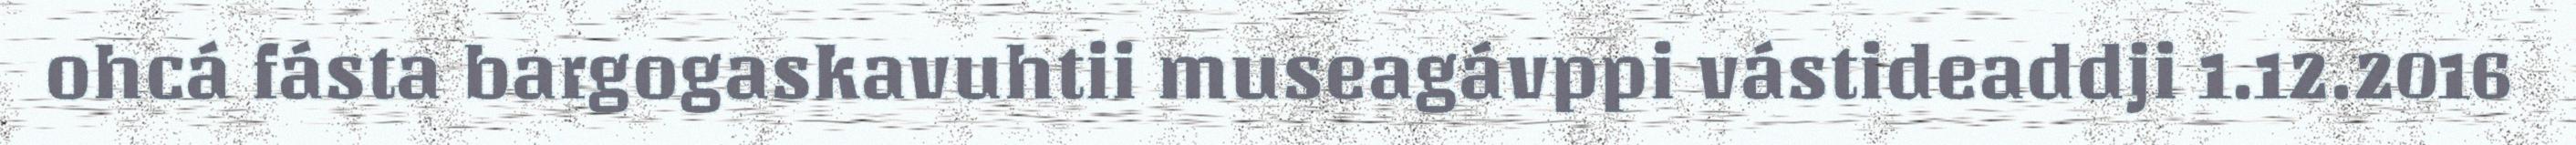
ohcá fásta bargogaskavuhtii museagávppi vástideaddji 1.12.2016